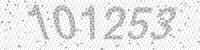
Solution: 101253